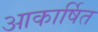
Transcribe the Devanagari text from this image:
आकार्षित